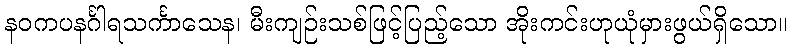
နဝကပနင်္ဂါရသင်္ကာသေန၊ မီးကျဉ်းသစ်ဖြင့်ပြည့်သော အိုးကင်းဟုယုံမှားဖွယ်ရှိသော။